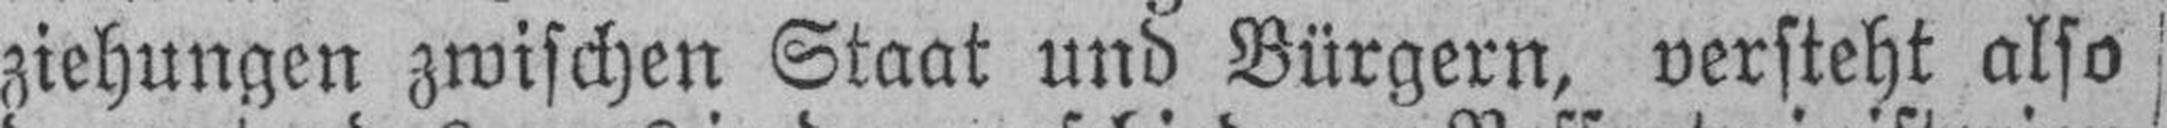
ziehungen zwischen Staat und Bürgern, versteht also